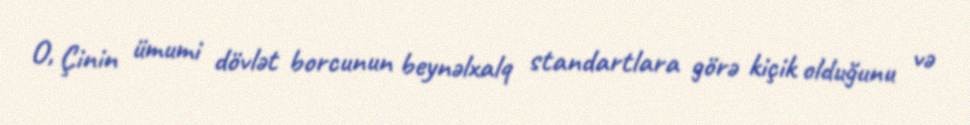
O, Çinin ümumi dövlət borcunun beynəlxalq standartlara görə kiçik olduğunu və